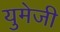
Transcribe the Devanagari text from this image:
युमेजी